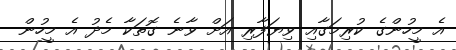
އެ މީހުންގެ ކުރިމަގާއި ވިޔަފާރި އަށް ވާނެ ގޮތަކާ މެދު އެ މީހުން